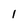
Character: 1